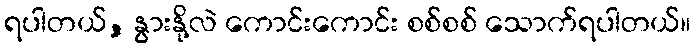
ရပါတယ်, နွားနို့လဲ ကောင်းကောင်း စစ်စစ် သောက်ရပါတယ်။